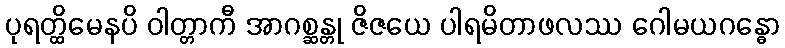
ပုရတ္ထိမေနပိ ဝါတ္တာကီ အာဂစ္ဆန္တု ဇိဇယေ ပါရမိတာဖလဿ ဂေါမယဂန္ဓော